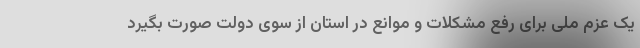
یک عزم ملی برای رفع مشکلات و موانع در استان از سوی دولت صورت بگیرد